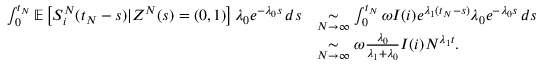
\begin{array} { r l } { \int _ { 0 } ^ { t _ { N } } \mathbb { E } \left[ S _ { i } ^ { N } ( t _ { N } - s ) \vert Z ^ { N } ( s ) = ( 0 , 1 ) \right] \lambda _ { 0 } e ^ { - \lambda _ { 0 } s } \, d s } & { \underset { N \to \infty } { \sim } \int _ { 0 } ^ { t _ { N } } \omega I ( i ) e ^ { \lambda _ { 1 } ( t _ { N } - s ) } \lambda _ { 0 } e ^ { - \lambda _ { 0 } s } \, d s } \\ & { \underset { N \to \infty } { \sim } \omega \frac { \lambda _ { 0 } } { \lambda _ { 1 } + \lambda _ { 0 } } I ( i ) N ^ { \lambda _ { 1 } t } . } \end{array}